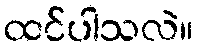
ထင်ပါသလဲ။